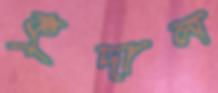
কুদাল